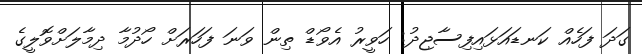
ގަދަ ފަހެއް ކަނޑައަޅައިފިސާޖިދު: ހަވީރު އެވޯޑް ތިން ވަނަ ފަހަރަށް ހޯދުމާ ދިމާލަށްވޮލީގެ